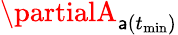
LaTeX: \partialA_{\mathsf{a}(t_{\operatorname*{min}})}